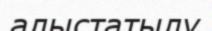
алыстатылу